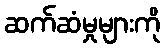
ဆက်ဆံမှုများကို